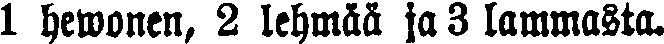
1 hewonen, 2 lehmää ja 3 lammasta.